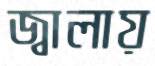
জ্বালায়